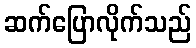
ဆက်ပြောလိုက်သည်